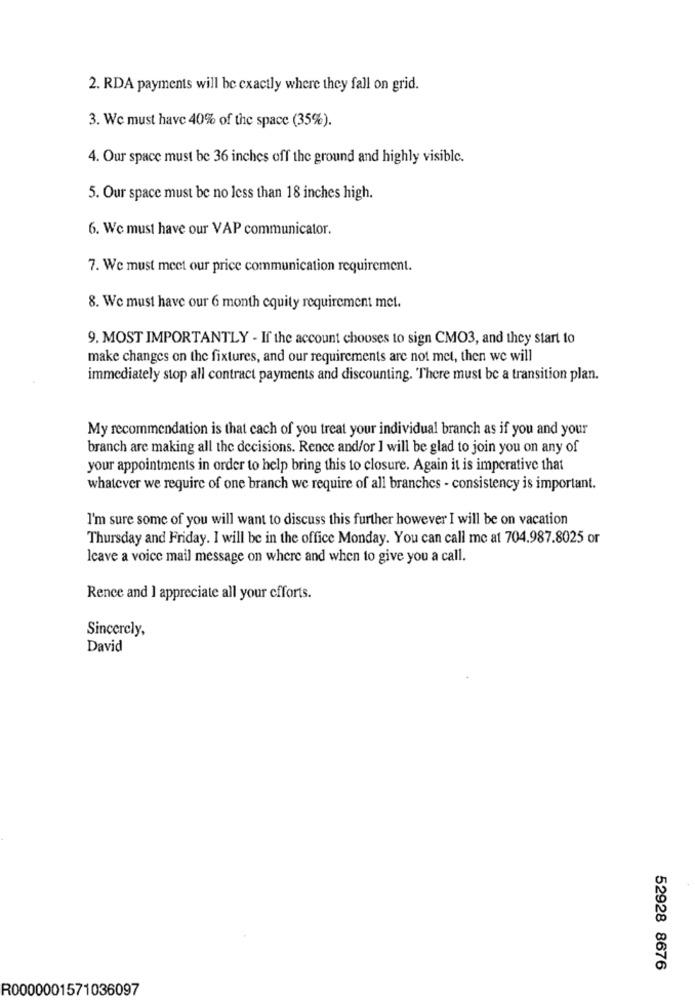
2. RDA payments will be exactly where they fall on grid.
3. We must have 40% of the space (35%).
4. Our space must be 36 inches off the ground and highly visible.
5. Our space must be no less than 18 inches high.
6. We must have our VAP communicator.
7. We must meet our price communication requirement.
8. We must have our 6 month equity requirement met.
9. MOST IMPORTANTLY - If the account chooses to sign CMO3, and they start to
make changes on the fixtures, and our requirements are not met, then we will
immediately stop all contract payments and discounting. There must be a transition plan.
My recommendation is that each of you treat your individual branch as if you and your
branch are making all the decisions. Rence and/or I will be glad to join you on any of
your appointments in order to help bring this to closure. Again it is imperative that
whatever we require of one branch we require of all branches - consistency is important.
I'm sure some of you will want to discuss this further however I will be on vacation
Thursday and Friday. I will be in the office Monday. You can call me at 704.987.8025 or
leave a voice mail message on where and when to give you a call.
Rence and I appreciate all your efforts.
Sincerely,
David
52928 8676
R0000001571036097